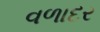
વળાદર